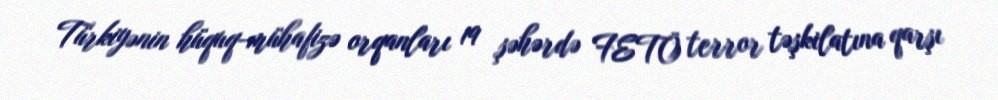
Türkiyənin hüquq-mühafizə orqanları 19 şəhərdə FETÖ terror təşkilatına qarşı